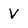
Character: V